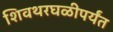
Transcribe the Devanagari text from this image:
शिवथरघळीपर्यंत